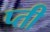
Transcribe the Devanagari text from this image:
प्ती